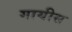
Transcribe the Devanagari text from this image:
गायीस